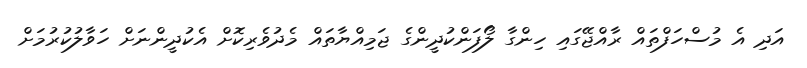
އަދި އެ މުސްހަފްތައް ރާއްޖޭގައި ހިންގާ ލޯފަންކުދީންގެ ޖަމިއްޔާތައް މެދުވެރިކޮށް އެކުދީންނަށް ހަވާލުކުރުމަށް